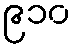
၉၁၀